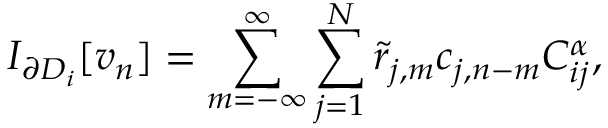
I _ { \partial D _ { i } } [ v _ { n } ] = \sum _ { m = - \infty } ^ { \infty } \sum _ { j = 1 } ^ { N } \Tilde { r } _ { j , m } c _ { j , n - m } C _ { i j } ^ { \alpha } ,